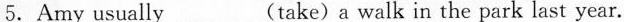
5.Amy usually___(take)a walk in the park last year.